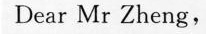
Dear Mr Zheng，